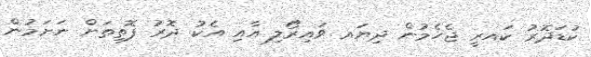
ކުޑަދޮރު ކައރީ ޖެހެމުން ދިޔައ ވައިރޯލި އާއި އެކު ދޮރު ފޮތިތަށް ނަށަމުން